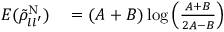
\begin{array} { r l } { E ( \tilde { \rho } _ { l l ^ { \prime } } ^ { \mathrm { N } } ) } & { { } = ( A + B ) \log \left( \frac { A + B } { 2 A - B } \right) } \end{array}